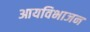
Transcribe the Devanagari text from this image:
आयविभाजन